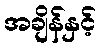
အချိန်နှင့်